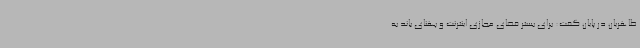
طاهریان در پایان گفت: برای بستر فضای مجازی اینترنت و پهنای باند به